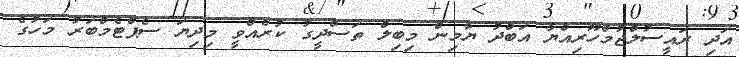
އަދި ރައީސުލްޖުމްހޫރިއްޔާ އަބްދު ޔާމިން މިބިލް ތަސްދީގު ކުރެއްވީ މިދިޔަ ސެޕްޓެމްބަރު މަހުގެ